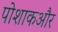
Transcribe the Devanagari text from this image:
पोशाकऔर